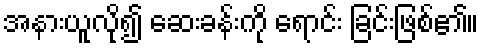
အနားယူလို၍ ဆေးခန်းကို ရောင်း ခြင်းဖြစ်၏။